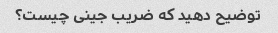
توضیح دهید که ضریب جینی چیست؟